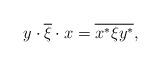
LaTeX: \begin{align*}y \cdot \overline \xi \cdot x = \overline{x^* \xi y^*},\end{align*}